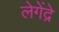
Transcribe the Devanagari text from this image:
लेगेंद्रे